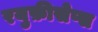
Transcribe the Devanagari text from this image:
रयुफ़ीसेप्स